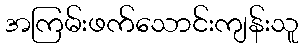
အကြမ်းဖက်သောင်းကျန်းသူ